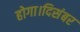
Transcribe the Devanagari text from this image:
होगा।दिसंबर